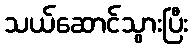
သယ်ဆောင်သွားပြီး